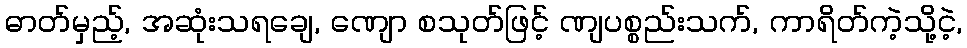
ဓာတ်မှည့်, အဆုံးသရချေ, ဏျော စသုတ်ဖြင့် ဏျပစ္စည်းသက်, ကာရိတ်ကဲ့သို့ငဲ့,